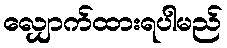
လျှောက်ထားရပါမည်